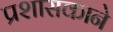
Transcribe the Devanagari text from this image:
प्रशासकाने